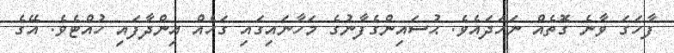
ފާހަގަ ވާނެ ގޮތެއް ނަހަދައެވެ. ޙުސައިންގެފާނުގެ މަހާނައިގައި ގަހެއް އިންދާފައި ހުއްޓެވެ. އޭގެ